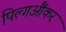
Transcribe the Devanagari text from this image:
पिल्गऔंकर